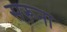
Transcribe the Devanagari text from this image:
सरूना